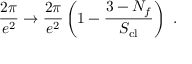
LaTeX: \frac { 2 \pi } { e ^ { 2 } } \rightarrow \frac { 2 \pi } { e ^ { 2 } } \left( 1 - \frac { 3 - N _ { f } } { S _ { \mathrm { c l } } } \right) \ .